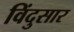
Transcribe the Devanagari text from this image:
विंदुसार